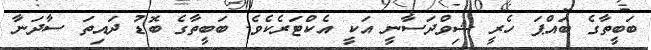
ބަބީތާގެ ބައްޕަ ހެރީ ޝިވްދަސާނީ އަކީ އެކްޓަރެކެވެ. ބަބީތާގެ ބޮޑު ދައިތަ ސާދަނާ